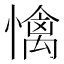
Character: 𢢬